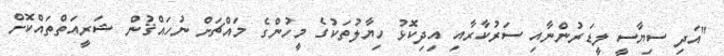
"އަދި ސިޔާސީ ލީޑަރުންނާއި ސަރުކާރާއި އިދިކޮޅު ހިޔާލުތަކުގެ މީހުންގެ މައްޗަށް ނުހައްޤުން ޝަރީއަތްތައްކޮށް